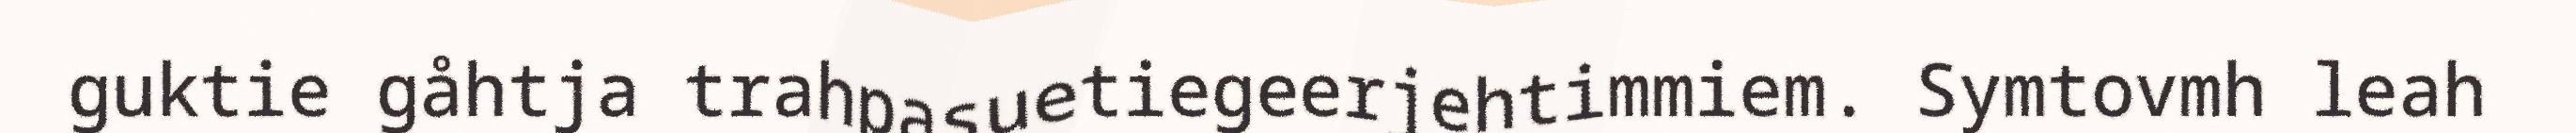
guktie gåhtja trahpasuetiegeerjehtimmiem. Symtovmh leah